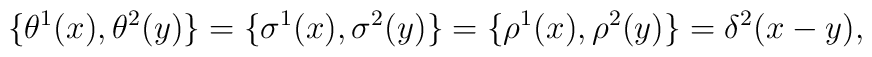
\{\theta^{1}(x),\theta^{2}(y) \} = \{\sigma^{1}(x),\sigma^{2}(y)\}=\{\rho^{1}(x),\rho^{2}(y)\}=\delta^2(x-y),